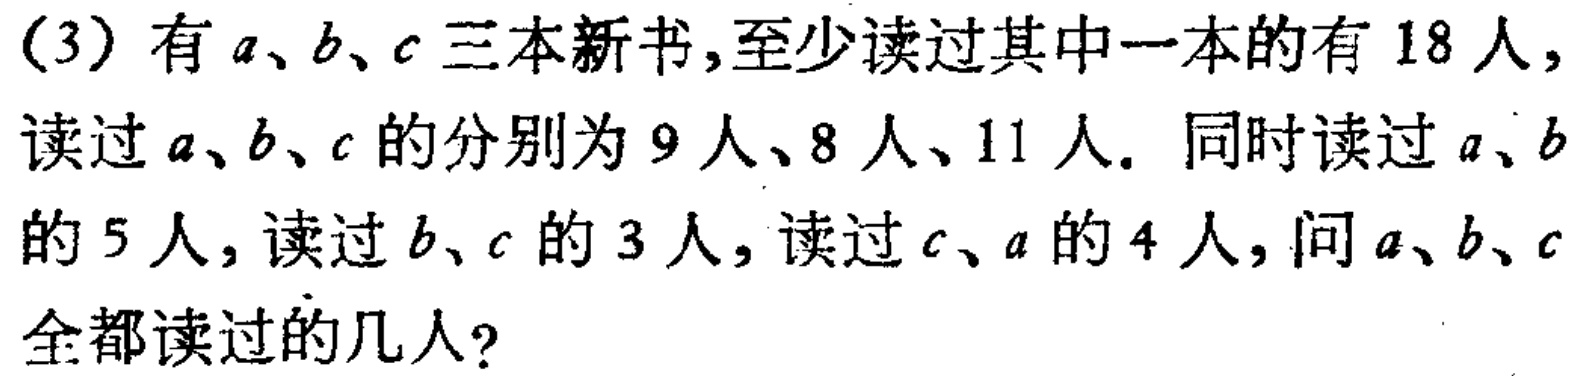
(3) 有\(a\)、\(b\)、\(c\) 三本新书，至少读过其中一本的有 \(18\) 人，读过 \(a\)、\(b\)、\(c\) 的分别为 \(9\) 人、\(8\) 人、\(11\) 人。同时读过 \(a\)、\(b\)的 \(5\) 人，读过 \(b\)、\(c\) 的 \(3\) 人，读过 \(c\)、\(a\) 的 \(4\) 人，问 \(a\)、\(b\)、\(c\)全都读过的几人？